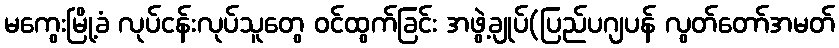
မကွေးမြို့ခံ လုပ်ငန်းလုပ်သူတွေ ဝင်ထွက်ခြင်း အဖွဲ့ချုပ်(ပြည်ပဂျပန် လွတ်တော်အမတ်